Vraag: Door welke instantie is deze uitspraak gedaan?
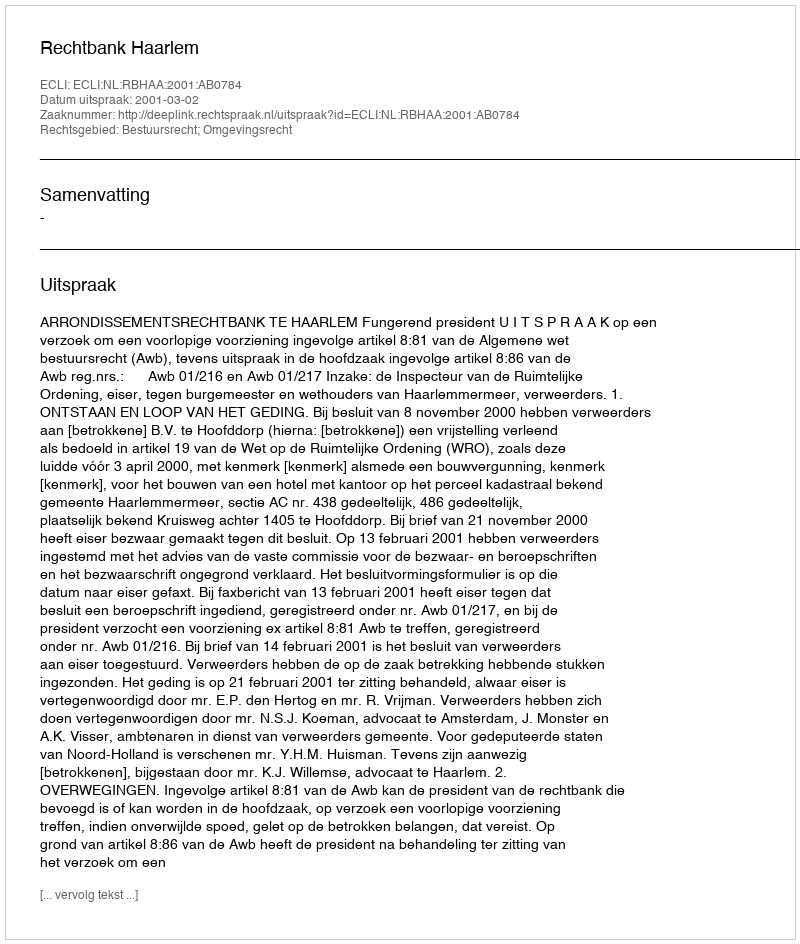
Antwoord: Rechtbank Haarlem